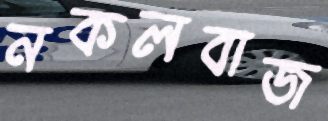
নকলবাজ